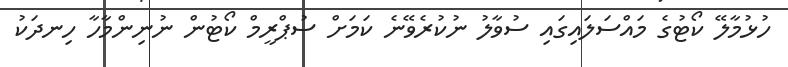
ހުޅުމާލޭ ކޯޓުގެ މައްސަލައިގައި ސުވާލު ނުކުރެވޭނެ ކަމަށް ސުޕްރީމް ކޯޓުން ނުނިންމާހާ ހިނދަކު